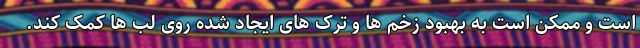
است و ممکن است به بهبود زخم ها و ترک های ایجاد شده روی لب ها کمک کند.